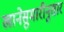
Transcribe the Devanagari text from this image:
खानेसुमारीनुसार